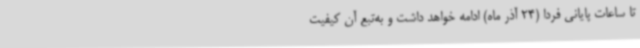
تا ساعات پایانی فردا (24 آذر ماه) ادامه خواهد داشت و به‌تبع آن کیفیت